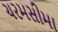
ચરમસીમા